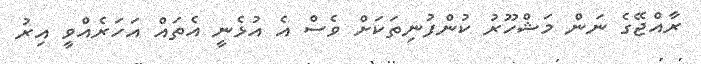
ރާއްޖޭގެ ނަން މަޝްހޫރު ކުންފުނިތަކަށް ވެސް އެ އުޅެނީ އެތައް އަހަރެއްވީ އިރު